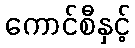
ကောင်စီနှင့်